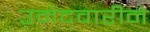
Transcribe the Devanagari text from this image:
उमेदवारीने